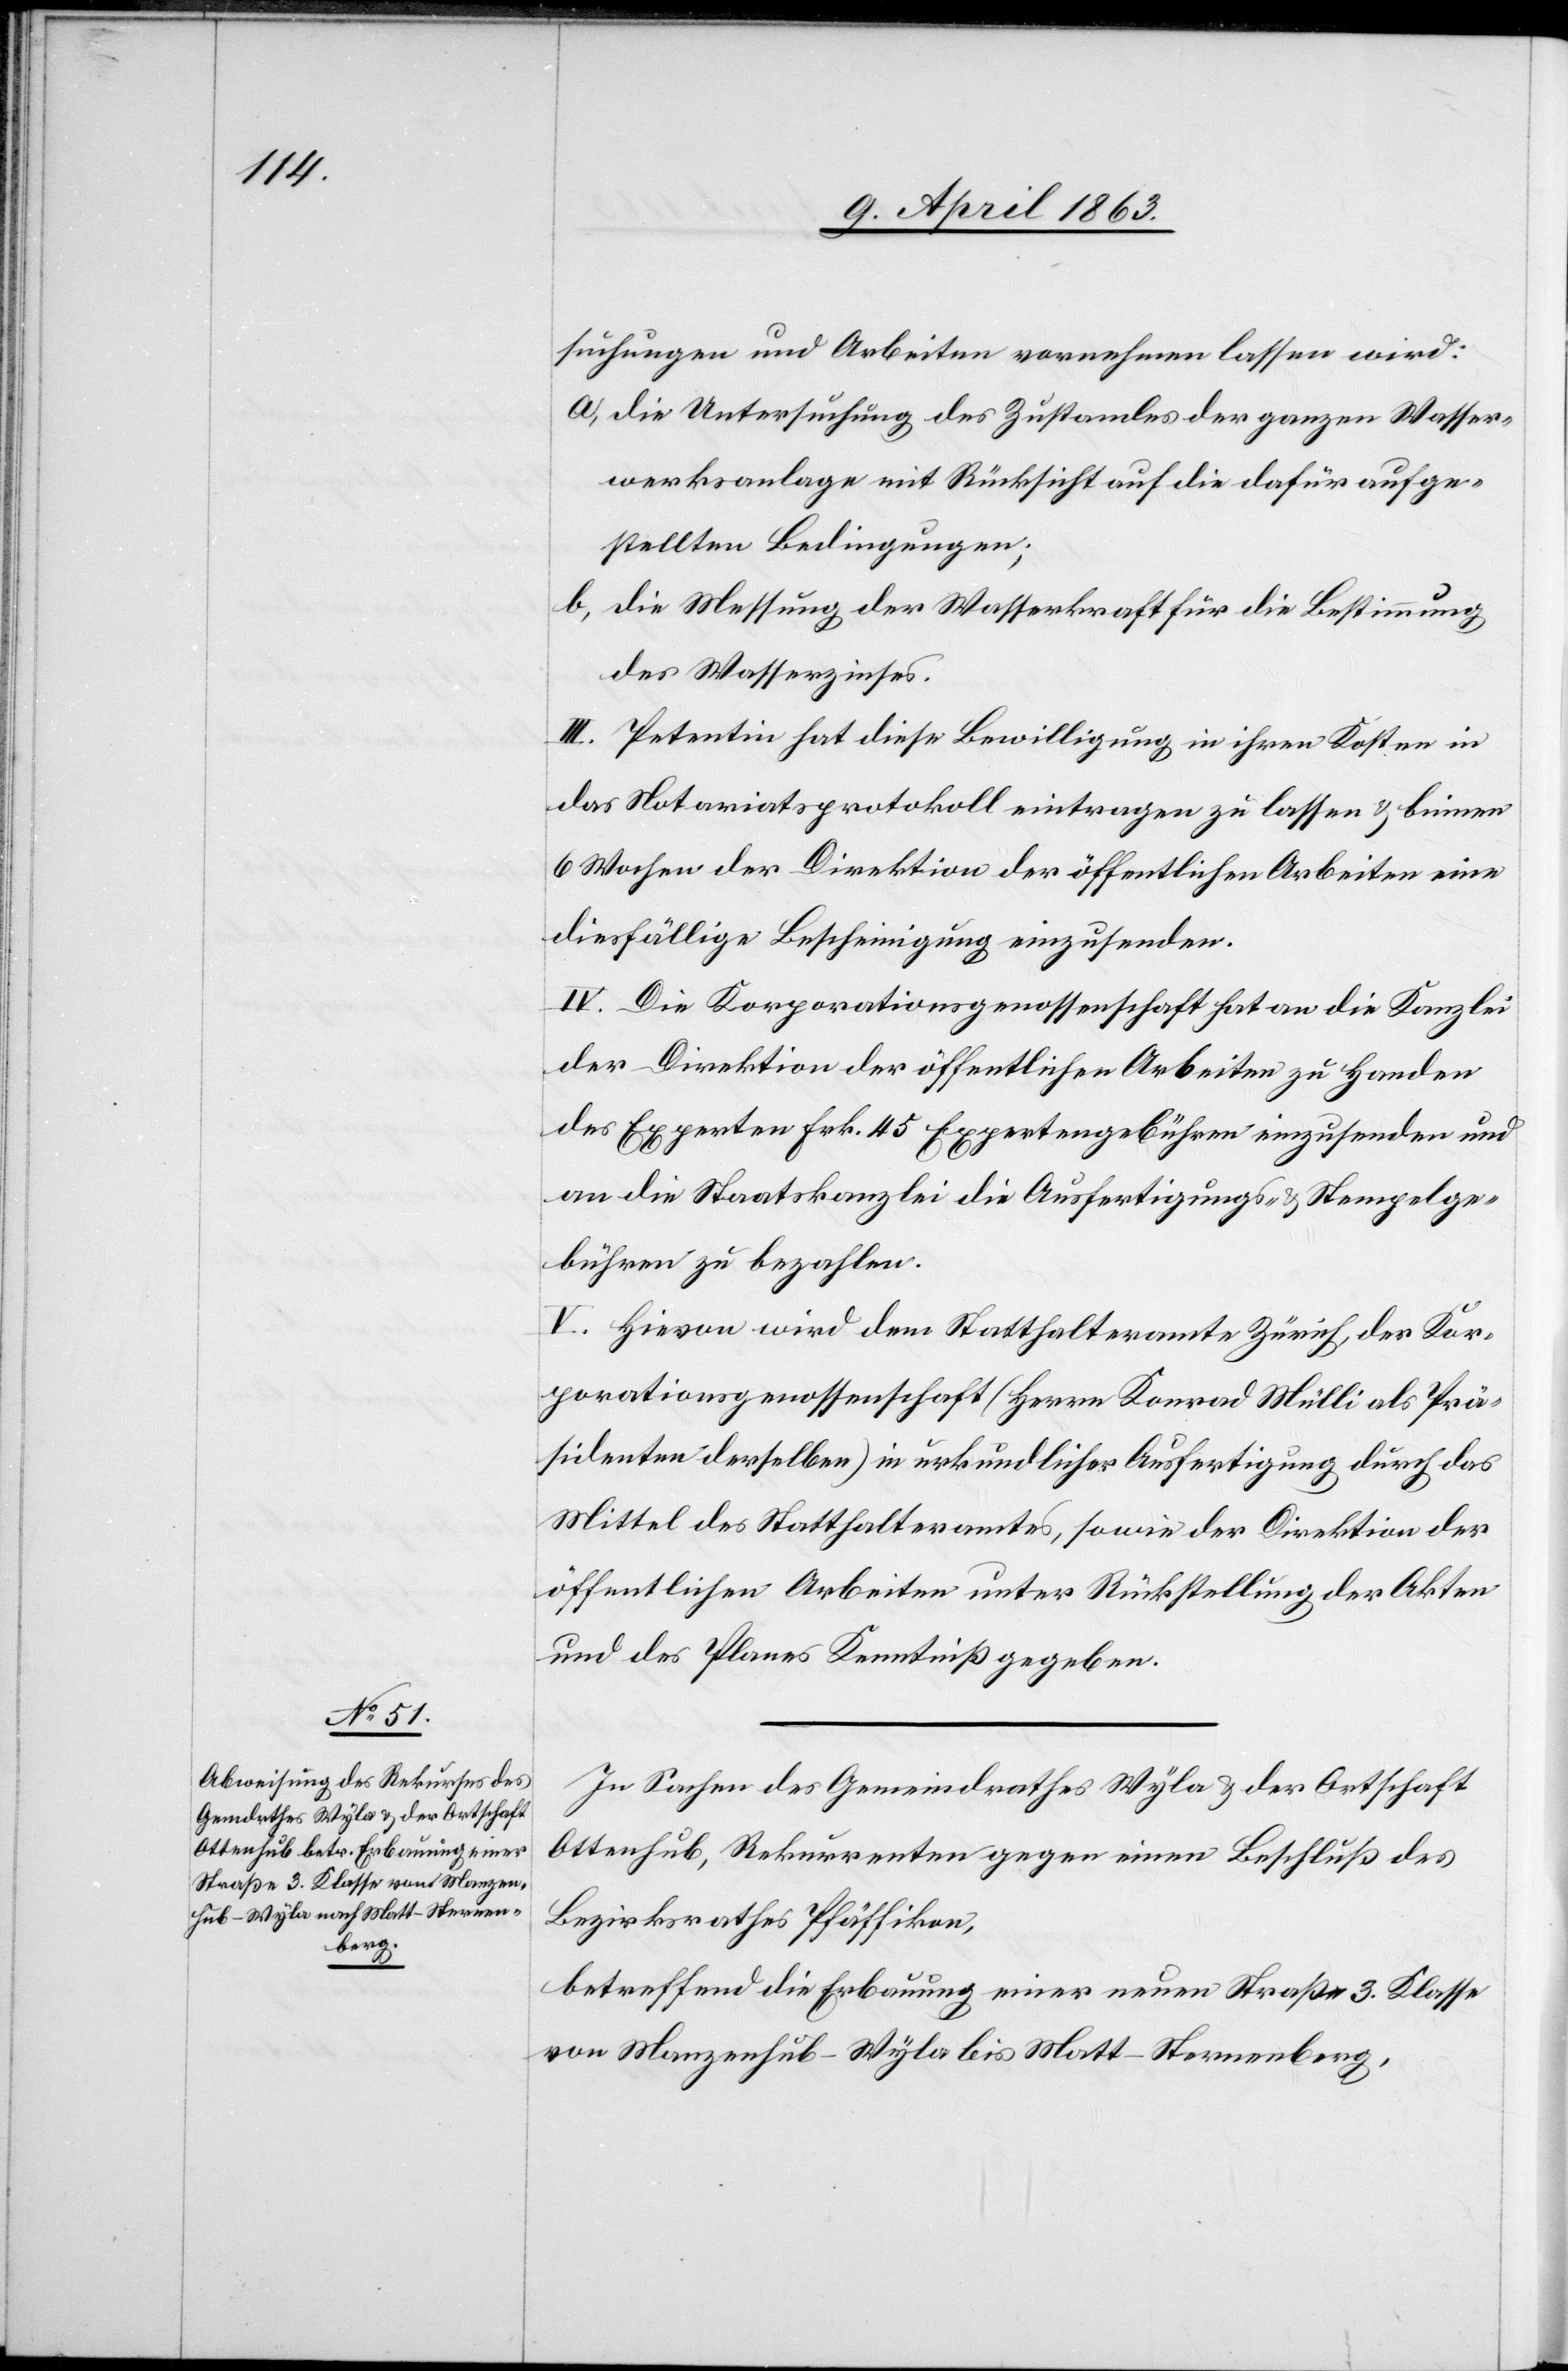
suchungen und Arbeiten vornehmen lassen wird:
a) die Untersuchung des Zustandes der ganzen Wasser¬
werksanlage mit Rücksicht auf die dafür aufge¬
stellten Bedingungen;
b) die Messung der Wasserkraft für die Bestimmung
des Wasserzinses.
III. Petentin hat diese Bewilligung in ihren Kosten in
das Notariatsprotokoll eintragen zu lassen & binnen
6 Wochen der Direktion der öffentlichen Arbeiten eine
diesfällige Bescheinigung einzusenden.
IV. Die Korporationsgenossenschaft hat an die Kanzlei
der Direktion der öffentlichen Arbeiten zu Handen
des Experten Frk. 45 Expertengebühren einzusenden und
an die Staatskanzlei die Ausfertigungs- & Stempelge¬
bühren zu bezahlen.
V. Hievon wird dem Statthalteramte Zürich, der Kor¬
porationsgenossenschaft (Herrn Konrad Mülli als Prä¬
sidenten derselben) in urkundlicher Ausfertigung durch das
Mittel des Statthalteramtes, sowie der Direktion der
öffentlichen Arbeiten unter Rückstellung der Akten
und des Planes Kenntniß gegeben.
In Sachen des Gemeindrathes Wyla & der Ortschaft
Ottenhub, Rekurrenten gegen einen Beschluß des
Bezirksrathes Pfäffikon,
betreffend die Erbauung einer neuen Straße 3. Klasse
von Manzenhub-Wyla bis Matt-Sternenberg,